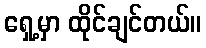
ရှေ့မှာ ထိုင်ချင်တယ်။